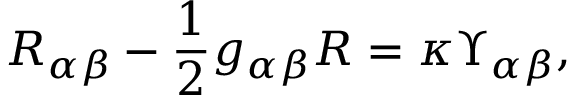
R _ { \alpha \beta } - \frac { 1 } { 2 } g _ { \alpha \beta } R = \kappa \Upsilon _ { \alpha \beta } ,